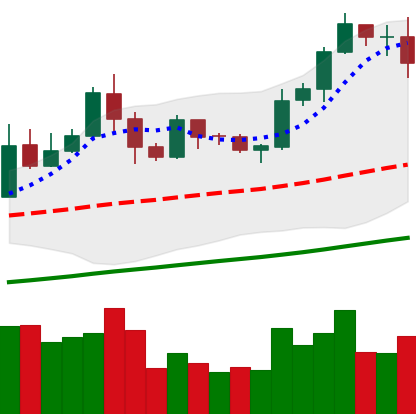
Ticker: LTC-USD
Chart end date: 2019-05-30
Forward return: -6.166%
Label: down_5_7